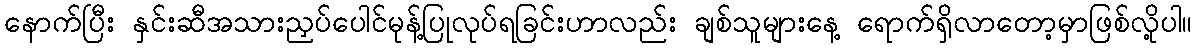
နောက်ပြီး နှင်းဆီအသားညှပ်ပေါင်မုန့်ပြုလုပ်ရခြင်းဟာလည်း ချစ်သူများနေ့ ရောက်ရှိလာတော့မှာဖြစ်လို့ပါ။